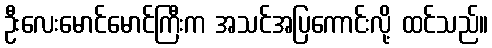
ဦးလေးမောင်မောင်ကြီးက အသင်အပြကောင်းလို့ ထင်သည်။